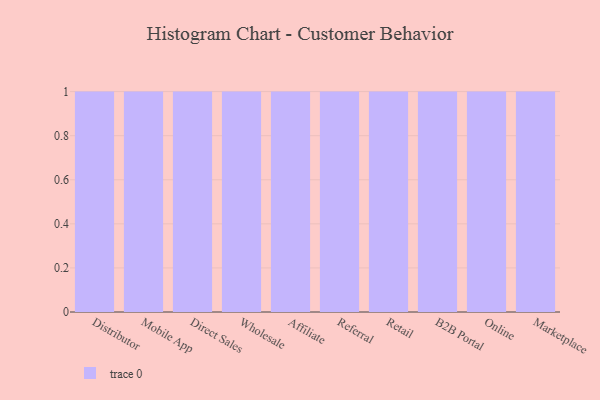
{"axis": {"x": "Channel", "y": "Net Income (USD K)"}, "legend": [""], "data": [{"x": "Distributor", "y": 96, "type": ""}, {"x": "Mobile App", "y": 45, "type": ""}, {"x": "Direct Sales", "y": 58, "type": ""}, {"x": "Wholesale", "y": 90, "type": ""}, {"x": "Affiliate", "y": 6, "type": ""}, {"x": "Referral", "y": 53, "type": ""}, {"x": "Retail", "y": 11, "type": ""}, {"x": "B2B Portal", "y": 74, "type": ""}, {"x": "Online", "y": 12, "type": ""}, {"x": "Marketplace", "y": 34, "type": ""}]}